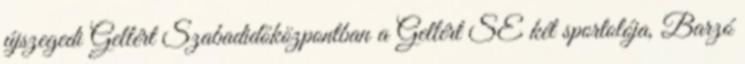
újszegedi Gellért Szabadidőközpontban a Gellért SE két sportolója, Barzó